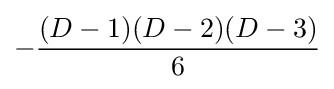
-{(D-1)(D-2)(D-3) \over {6}}